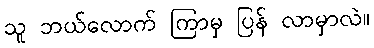
သူ ဘယ်လောက် ကြာမှ ပြန် လာမှာလဲ။